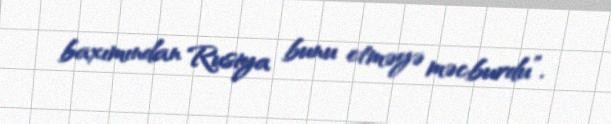
baxımından Rusiya bunu etməyə məcburdu”.